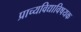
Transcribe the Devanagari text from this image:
प्राच्यविद्याविषयक